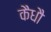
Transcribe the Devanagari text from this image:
कैधौ